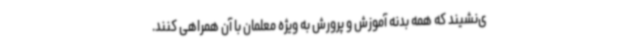
ی‌نشیند که همه بدنه آموزش و پرورش به ویژه معلمان با آن همراهی کنند.